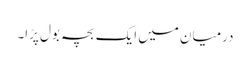
درمیان میں ایک بچہ بول پڑا۔